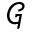
\mathcal { G }